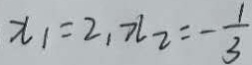
x _ { 1 } = 2 , x _ { 2 } = - \frac { 1 } { 3 }